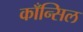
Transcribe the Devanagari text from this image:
काँन्सिल